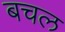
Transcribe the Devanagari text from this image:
बचल